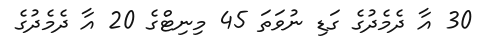
30 އާ ދެމެދުގެ ގަޑި ނުވަތަ 45 މިނިޓްގެ 20 އާ ދެމެދުގެ